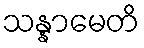
သန္နာမေတိ